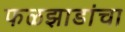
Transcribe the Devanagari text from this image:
फळझाडांचा